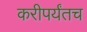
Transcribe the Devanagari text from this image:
करीपर्यंतच